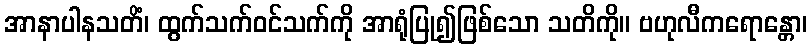
အာနာပါနသတိံ၊ ထွက်သက်ဝင်သက်ကို အာရုံပြု၍ဖြစ်သော သတိကို။ ဗဟုလီကရောန္တော၊